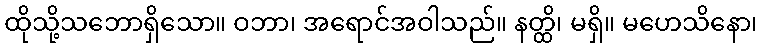
ထိုသို့သဘောရှိသော။ ဝဘာ၊ အရောင်အဝါသည်။ နတ္ထိ၊ မရှိ။ မဟေသိနော၊